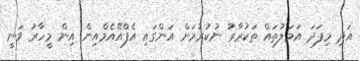
އަދި މިފަދަ އަމަލުތައް ތަކުރާރު ނުކުރުމަށް އަންގައި އެފްއޭއެމްއިން އިން މީހާރު ވަނީ